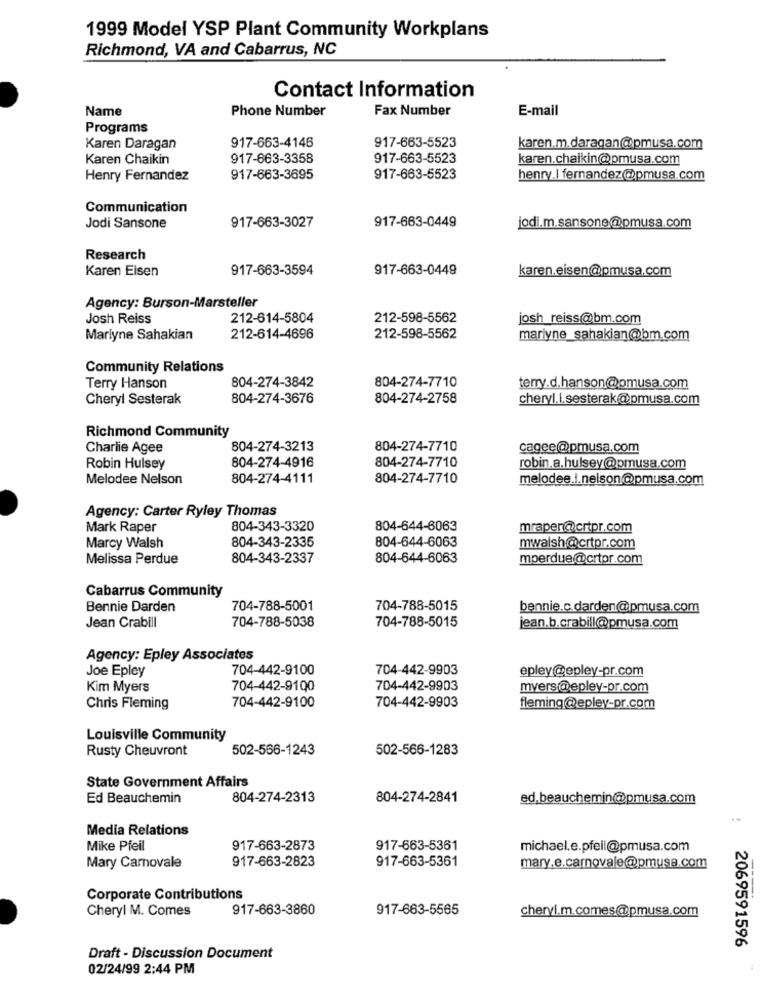
1999 Model YSP Plant Community Workplans
Richmond, VA and Cabarrus, NC
Contact Information
Name
Phone Number
Fax Number
E-mail
Programs
917-663-4146
917-663-5523
Karen Daragan
karen.m.daragan@pmusa.com
Karen Chaikin
917-663-3358
917-663-5523
karen.chaikin@pmusa.com
Henry Fernandez
917-663-3695
917-663-5523
henry.| fernandez@pmusa.com
Communication
917-663-0449
Jodi Sansone
917-663-3027
jodi.m.sansone@pmusa.com
Research
Karen Eisen
917-663-3594
917-663-0449
karen.eisen@pmusa.com
Agency: Burson-Marsteller
Josh Reiss
212-614-5804
212-598-5562
josh_reiss@bm.com
Marlyne Sahakian
212-614-4696
212-598-5562
marlyne_sahakian@bm.com
Community Relations
Terry Hanson
804-274-3842
804-274-7710
terry.d.hanson@pmusa.com
Cheryl Sesterak
804-274-3676
804-274-2758
cheryl.l.sesterak@pmusa.com
Richmond Community
Charlie Agee
804-274-3213
804-274-7710
cagee@pmusa.com
804-274-4916
Robin Hulsey
804-274-7710
robin.a.hulsey@pmusa.com
Melodee Nelson
804-274-4111
804-274-7710
melodee.i.nelson@pmusa.com
Agency: Carter Ryley Thomas
Mark Raper
804-343-3320
804-644-6063
mraper@crtpr.com
804-343-2335
804-644-6063
Marcy Walsh
mwalsh@crtpr.com
Melissa Perdue
804-343-2337
804-644-6063
mperdue@crtpr.com
Cabarrus Community
Bennie Darden
704-788-5001
704-788-5015
bennie.c.darden@pmusa.com
704-788-5038
704-788-5015
Jean Crabill
jean.b.crabill@pmusa.com
Agency: Epley Associates
Joe Epley
704-442-9100
704-442-9903
epley@epley-pr.com
Kim Myers
704-442-9100
704-442-9903
myers@epley-pr.com
704-442-9100
704-442-9903
Chris Fleming
fleming@epley-pr.com
Louisville Community
Rusty Cheuvront
502-566-1243
502-566-1283
State Government Affairs
Ed Beauchemin
804-274-2313
804-274-2841
ed.beauchemin@pmusa.com
Media Relations
Mike Pfeil
917-663-2873
917-663-5361
michael.e.pfeil@pmusa.com
Mary Carnovale
917-663-2823
917-663-5361
mary.e.carnovale@pmusa.com
Corporate Contributions
Cheryl M. Comes
917-663-3860
917-663-5565
cheryl.m.comes@pmusa.com
2069591596
Draft - Discussion Document
02/24/99 2:44 PM